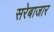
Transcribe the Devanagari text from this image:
सरेबाजार